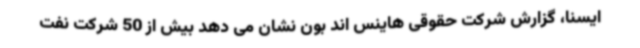
ایسنا، گزارش شرکت حقوقی هاینس اند بون نشان می دهد بیش از 50 شرکت نفت